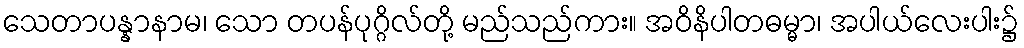
သေတာပန္နာနာမ၊ သော တပန်ပုဂ္ဂိလ်တို့ မည်သည်ကား။ အဝိနိပါတဓမ္မာ၊ အပါယ်လေးပါး၌